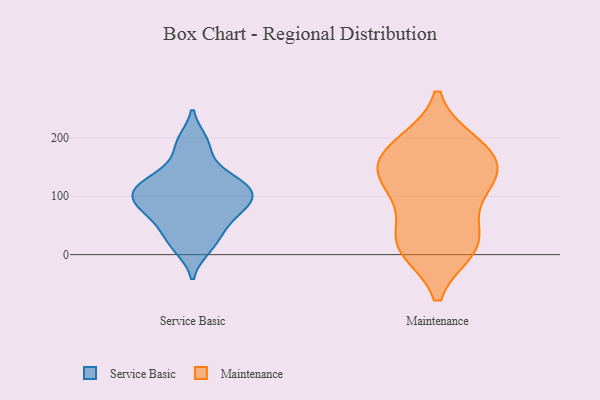
{"axis": {"x": "Churn Rate (%)", "y": "Value"}, "legend": ["Maintenance", "Service Basic"], "data": [{"x": "", "y": 193, "type": "Service Basic"}, {"x": "", "y": 186, "type": "Service Basic"}, {"x": "", "y": 62, "type": "Service Basic"}, {"x": "", "y": 67, "type": "Service Basic"}, {"x": "", "y": 13, "type": "Service Basic"}, {"x": "", "y": 117, "type": "Service Basic"}, {"x": "", "y": 137, "type": "Service Basic"}, {"x": "", "y": 89, "type": "Service Basic"}, {"x": "", "y": 99, "type": "Service Basic"}, {"x": "", "y": 41, "type": "Service Basic"}, {"x": "", "y": 88, "type": "Service Basic"}, {"x": "", "y": 108, "type": "Service Basic"}, {"x": "", "y": 120, "type": "Service Basic"}, {"x": "", "y": 94, "type": "Service Basic"}, {"x": "", "y": 20, "type": "Service Basic"}, {"x": "", "y": 130, "type": "Service Basic"}, {"x": "", "y": 171, "type": "Maintenance"}, {"x": "", "y": 154, "type": "Maintenance"}, {"x": "", "y": 190, "type": "Maintenance"}, {"x": "", "y": 19, "type": "Maintenance"}, {"x": "", "y": 144, "type": "Maintenance"}, {"x": "", "y": 29, "type": "Maintenance"}, {"x": "", "y": 124, "type": "Maintenance"}, {"x": "", "y": 186, "type": "Maintenance"}, {"x": "", "y": 15, "type": "Maintenance"}, {"x": "", "y": 11, "type": "Maintenance"}, {"x": "", "y": 93, "type": "Maintenance"}, {"x": "", "y": 123, "type": "Maintenance"}]}